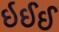
ઇઈઈ